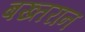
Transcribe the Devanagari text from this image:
बख्तरान